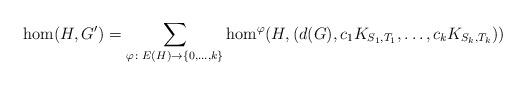
LaTeX: \begin{align*} \hom(H,G') = \sum_{\varphi \colon E(H) \to \{0, \dots, k\}} \hom^\varphi(H, (d(G), c_1K_{S_1,T_1},\dots, c_kK_{S_k,T_k}))\end{align*}